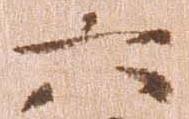
六